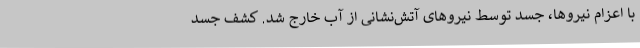
با اعزام نیروها، جسد توسط نیروهای آتش‌نشانی از آب خارج شد. کشف جسد